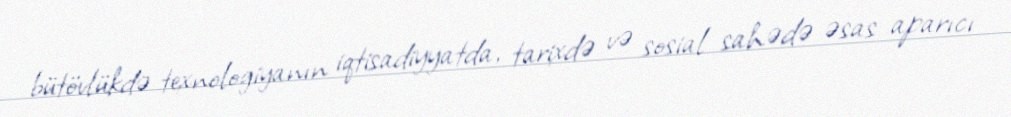
bütövlükdə texnologiyanın iqtisadiyyatda, tarixdə və sosial sahədə əsas aparıcı